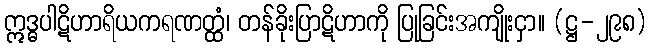
ဣဒ္ဓပါဋိဟာရိယကရဏတ္ထံ၊ တန်ခိုးပြာဋိဟာကို ပြုခြင်းအကျိုးငှာ။ (ဋ္ဌ-၂၉၈)